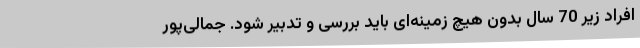
افراد زیر 70 سال بدون هیچ زمینه‌ای باید بررسی و تدبیر شود. جمالی‌پور